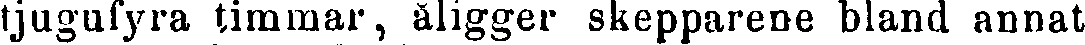
tjugufyra timmar, åligger skepparene bland annat